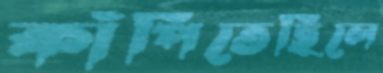
কাঁপিতেছিলে